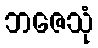
ဘဇေသုံ